Insane asylums in Bengal annual reports 1876-1887 - 1876-1887
Year: 1876
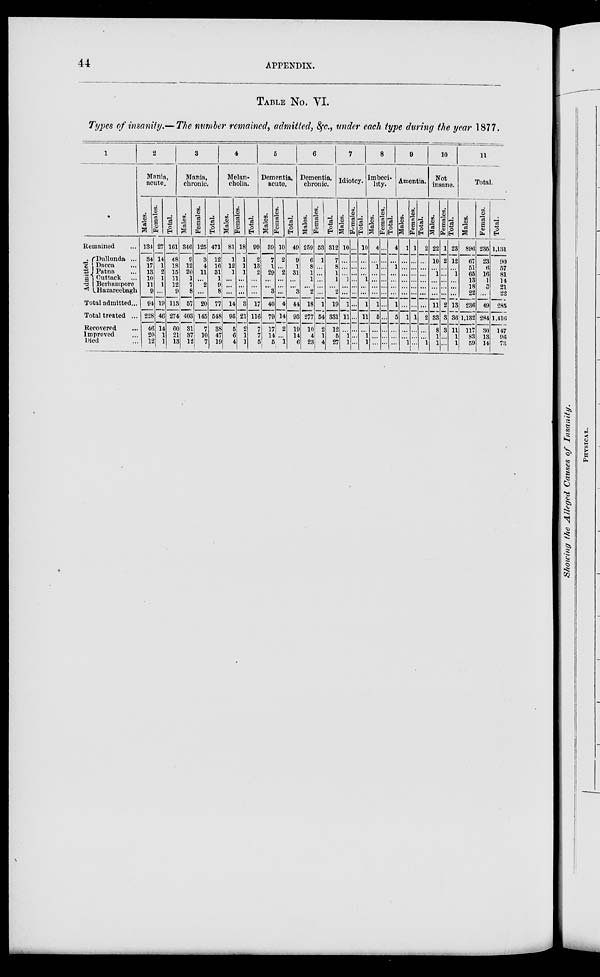
44
APPENDIX.
TABLE No. VI.
Types of insanity.—The number remained, admitted, &c., under each type during the year 1877.
1
Remained ...
Admitted.
Dullunda ...
Dacca ...
Patna ...
Cuttack ...
Berhampore
Hazareebagh
Total admitted...
Total treated ...
Recovered ...
Improved ...
Died ...
2
Mania,
acute.
Males.
134
34
17
13
10
11
9
94
228
46
20
12
Females.
27
14
1
2
1
1
...
19
46
14
1
1
Total.
161
48
18
15
11
12
9
113
274
60
21
13
3
Mania,
chronic.
Males.
346
9
12
20
1
7
8
57
403
31
37
12
Females.
125
3
4
11
...
2
...
20
145
7
10
7
Total.
471
12
16
31
1
9
8
77
548
38
47
19
4
Melan-
cholia.
Males.
81
1
12
1
...
...
...
14
95
5
6
4
Females.
18
1
1
1
...
...
...
3
21
2
1
1
Total.
99
2
13
2
...
...
...
17
116
7
7
5
5
Dementia,
acute.
Males.
39
7
1
29
...
...
3
40
79
17
14
5
Females.
10
2
...
2
...
...
...
4
14
2
...
1
Total.
49
9
1
31
...
...
3
44
93
19
14
6
6
Dementia,
chronic.
Males.
259
6
8
1
1
...
2
18
277
10
4
23
Females.
53
1
...
...
...
...
...
1
54
2
1
4
Total.
312
7
8
1
1
...
2
19
331
12
5
27
7
Idiotcy.
Males.
10
...
...
...
1
...
...
1
11
...
1
1
Females.
...
...
...
...
...
...
...
...
...
...
...
...
Total.
10
...
...
...
1
...
...
1
11
...
1
1
8
Imbeci-
lity.
Males.
4
...
1
...
...
...
...
1
5
...
...
...
Females.
...
...
...
...
...
...
...
...
...
...
...
...
Total.
4
...
1
...
...
...
...
1
5
...
...
...
9
Amentia.
Males.
1
...
...
...
...
...
...
...
1
...
...
1
Females.
1
...
...
...
...
...
...
...
1
...
...
...
Total.
2
...
...
...
...
...
...
...
2
...
...
1
10
Not
insane.
Males.
22
10
...
1
...
...
...
11
33
8
1
1
Females.
1
2
...
...
...
...
...
2
3
3
...
...
Total.
23
12
...
1
...
...
...
13
36
11
1
1
11
Total.
Males.
896
67
51
65
13
18
22
236
1,132
117
83
59
Females.
235
23
6
16
1
3
...
49
284
30
13
14
Total.
1,131
90
57
81
14
21
22
285
1,416
147
96
73